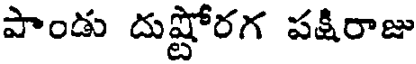
పాండు దుష్టోరగ పక్షిరాజు